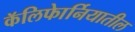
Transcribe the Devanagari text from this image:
कॅलिफाेर्नियातील